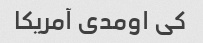
کی اومدی آمریکا